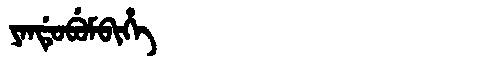
Manchu: ᠶᠠᠨᡩᡠᠪᡠᠮᠪᡳᡥᡝ
Romanization: YANDUBUMBIHE